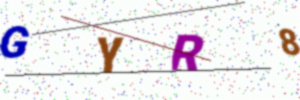
Text: GYR8